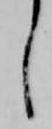
し